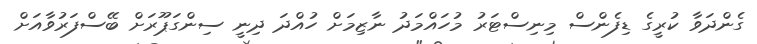
ގެންދަވާ ކުރީގެ ޑިފެންސް މިނިސްޓަރު މުހައްމަދު ނާޒިމަށް ހުއްދަ ދިނީ ސިންގަޕޫރަށް ބޭސްފަރުވާއަށް